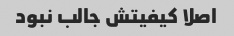
اصلا کیفیتش جالب نبود